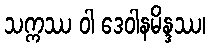
သက္ကဿ ဝါ ဒေဝါနမိန္ဒဿ၊